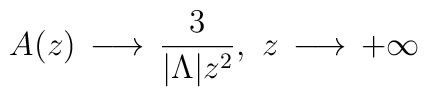
A(z) \,\longrightarrow\, \frac{3}{|{\Lambda}|z^{2}}, ~z \,\longrightarrow\, +\infty